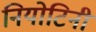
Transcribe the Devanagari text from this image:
नियोटिनी